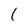
Character: 1